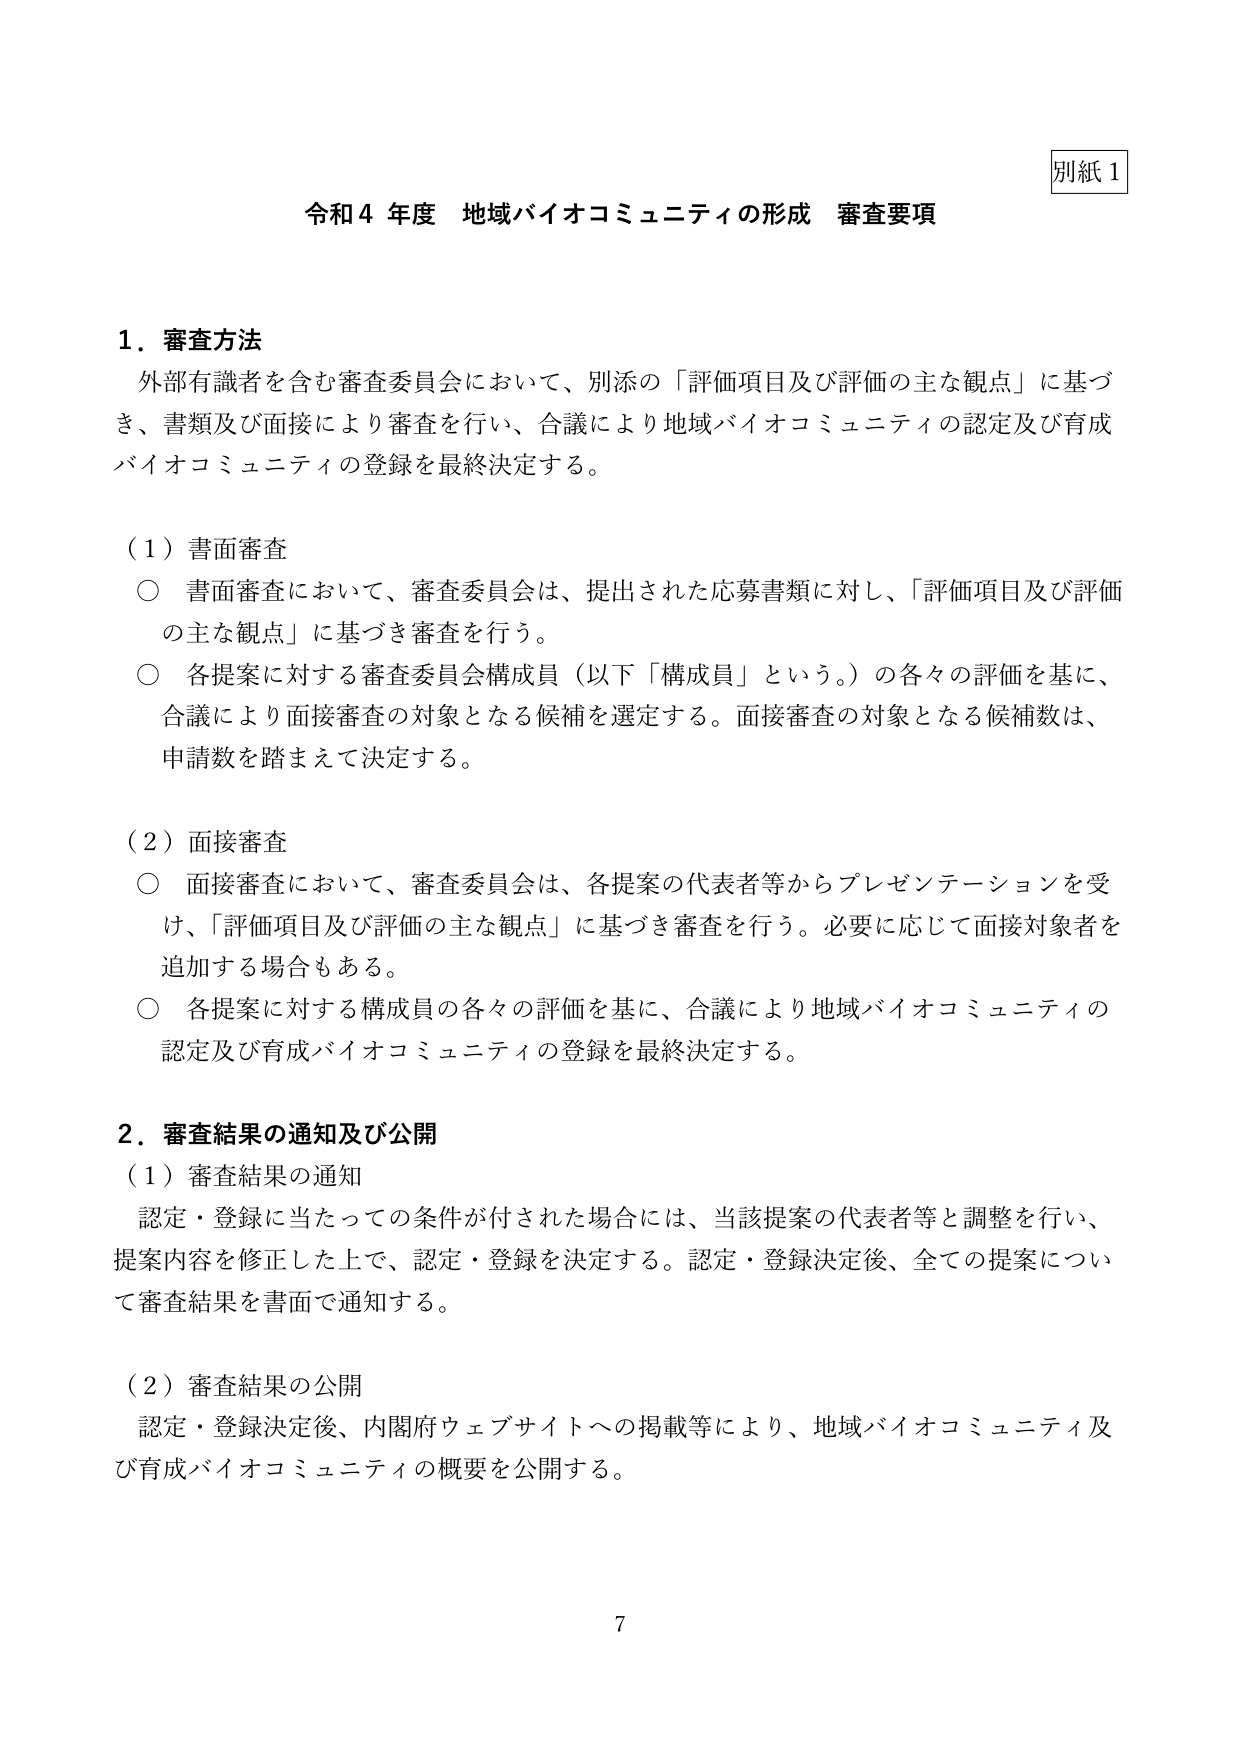
別紙１

令和４年度 地域バイオコミュニティの形成 審査要項

１．審査方法
外部有識者を含む審査委員会において、別添の「評価項目及び評価の主な観点」に基づき、書類及び面接により審査を行い、合議により地域バイオコミュニティの認定及び育成バイオコミュニティの登録を最終決定する。

（１）書面審査
○ 書面審査において、審査委員会は、提出された応募書類に対し、「評価項目及び評価の主な観点」に基づき審査を行う。
○ 各提案に対する審査委員会構成員（以下「構成員」という。）の各々の評価を基に、合議により面接審査の対象となる候補を選定する。面接審査の対象となる候補数は、申請数を踏まえて決定する。

（２）面接審査
○ 面接審査において、審査委員会は、各提案の代表者等からプレゼンテーションを受け、「評価項目及び評価の主な観点」に基づき審査を行う。必要に応じて面接対象者を追加する場合もある。
○ 各提案に対する構成員の各々の評価を基に、合議により地域バイオコミュニティの認定及び育成バイオコミュニティの登録を最終決定する。

２．審査結果の通知及び公開
（１）審査結果の通知
認定・登録に当たっての条件が付された場合には、当該提案の代表者等と調整を行い、提案内容を修正した上で、認定・登録を決定する。認定・登録決定後、全ての提案について審査結果を書面で通知する。

（２）審査結果の公開
認定・登録決定後、内閣府ウェブサイトへの掲載等により、地域バイオコミュニティ及び育成バイオコミュニティの概要を公開する。

7